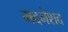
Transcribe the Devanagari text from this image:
मदनेशद